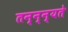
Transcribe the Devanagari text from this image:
तन्न्न्यते